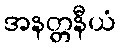
အနတ္တနီယံ